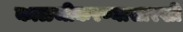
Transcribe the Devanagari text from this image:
काळजीकरण्यासारखी